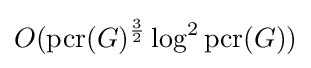
O(\operatorname {pcr} (G)^{\frac {3}{2}}\log ^{2}\operatorname {pcr} (G))